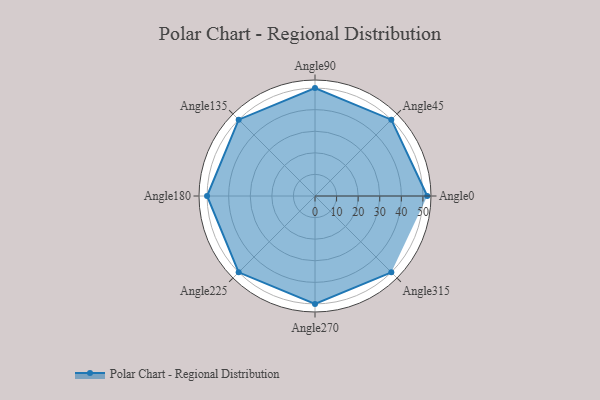
{"axis": {"x": "Angle", "y": "Radius"}, "legend": [""], "data": [{"x": "Angle0", "y": 52.0, "type": ""}, {"x": "Angle45", "y": 50, "type": ""}, {"x": "Angle90", "y": 50, "type": ""}, {"x": "Angle135", "y": 50, "type": ""}, {"x": "Angle180", "y": 50, "type": ""}, {"x": "Angle225", "y": 50, "type": ""}, {"x": "Angle270", "y": 50, "type": ""}, {"x": "Angle315", "y": 50, "type": ""}]}